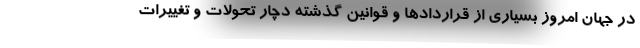
در جهان امروز بسیاری از قراردادها و قوانین گذشته دچار تحولات و تغییرات